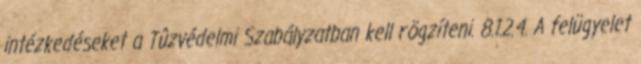
intézkedéseket a Tûzvédelmi Szabályzatban kell rögzíteni. 8.1.2.4. A felügyelet